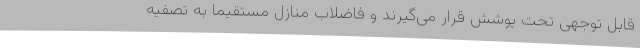
قابل توجهی تحت پوشش قرار می‌گیرند و فاضلاب منازل مستقیماً به تصفیه